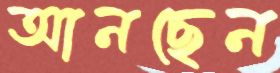
আনছেন